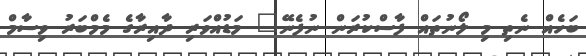
ބަހެއް ނެތި މި ލޯނުތައް ފާސްކުރަން ނުފެނޭ" މަޑުއްވަރި ދާއިރާގެ މެމްބަރު ވިސާމް